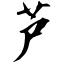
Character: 芦